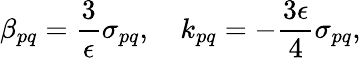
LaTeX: \beta_{pq}=\frac{3}{\epsilon}\sigma_{pq},\quad k_{pq}=-\frac{3\epsilon}{4}\sigma_{pq},